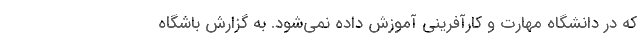
که در دانشگاه مهارت و کارآفرینی آموزش داده نمی‌شود. به گزارش باشگاه